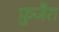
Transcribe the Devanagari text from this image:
फ़ुजैरा